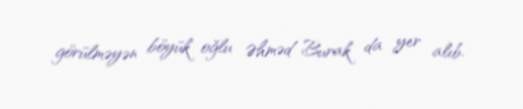
görülməyən böyük oğlu Əhməd Burak da yer alıb.